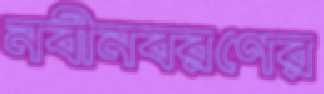
নবীনবরণের